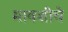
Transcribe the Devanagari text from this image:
मावशींचे